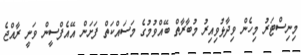
މިނިސްޓަރު މިހެން ވިދާޅުވިއިރު މުބާރާތް ބޭއްވުމުގެ މަސައްކަތް ފަށަން އޭއެފްސީން ވަނީ ރާއްޖެ